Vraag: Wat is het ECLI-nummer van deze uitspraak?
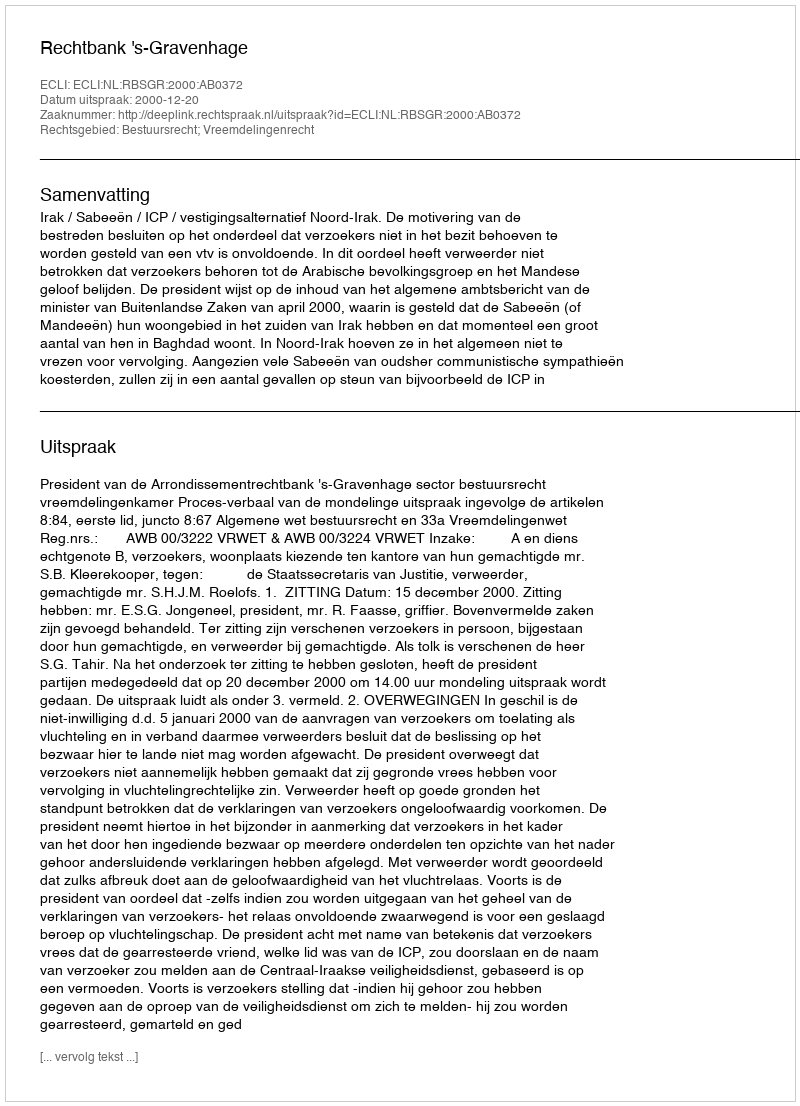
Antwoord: ECLI:NL:RBSGR:2000:AB0372